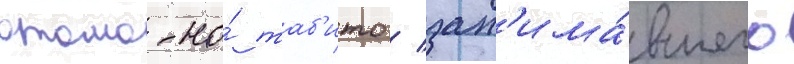
отомо-но́ таб'ито / зан'има́вшего